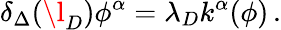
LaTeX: \delta_{\Delta}(\l_{D})\phi^{\alpha}=\lambda_{D}k^{\alpha}(\phi)\, .